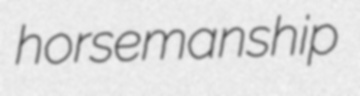
horsemanship